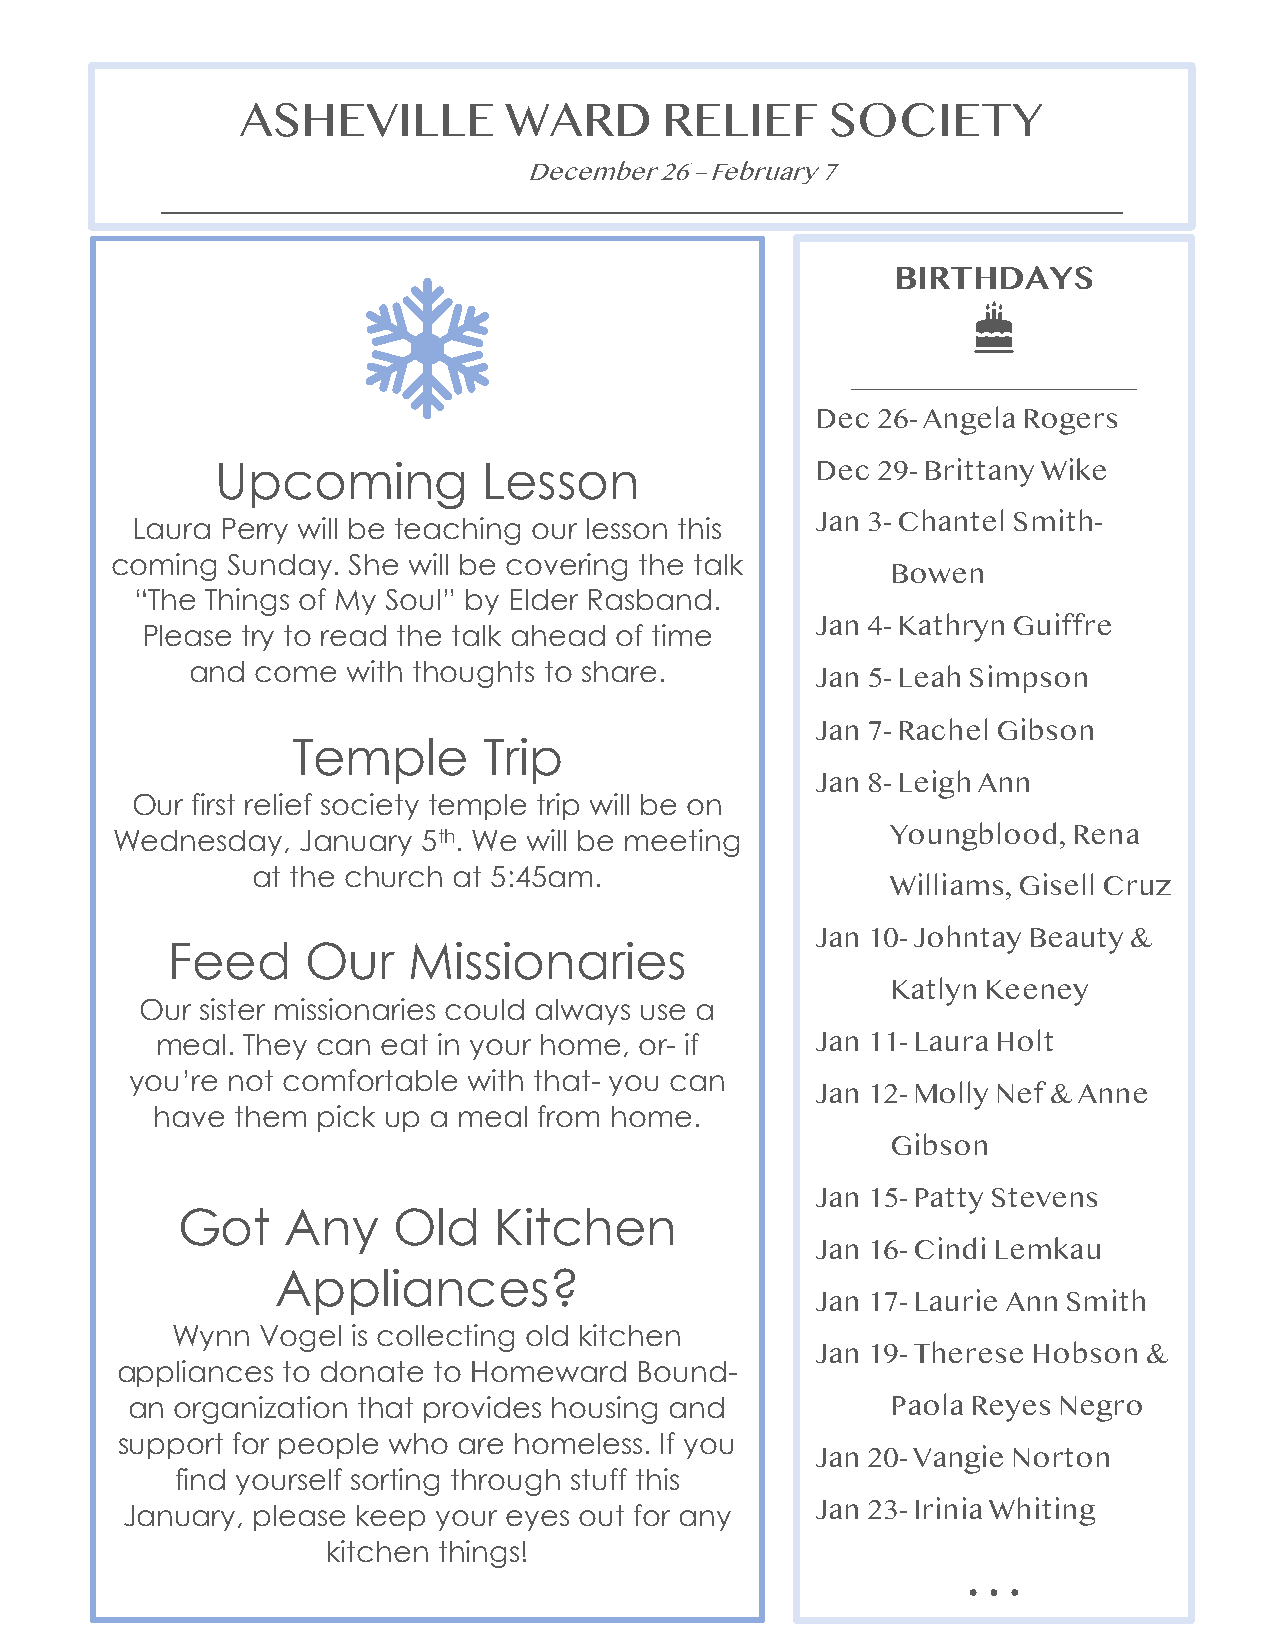
ASHEVILLE        WARD       RELIEF     SOCIETY
 December 26 – February 7
 _____________________________________
 BIRTHDAYS
 ______________________
 Dec 26- Angela Rogers
 Upcoming          Lesson                Dec 29- Brittany Wike
 Jan 3- Chantel Smith-
 Laura Perry will be teaching our lesson this
 coming  Sunday. She will be covering the talk
 Bowen
 “The Things of My Soul” by Elder Rasband.
 Jan 4- Kathryn Guiffre
 Please try to read the talk ahead of time
 and  come  with thoughts to share.        Jan 5- Leah Simpson
 Jan 7- Rachel Gibson
 Temple       Trip
 Jan 8- Leigh Ann
 Our first relief society temple trip will be on
 Youngblood, Rena
 Wednesday,   January 5th. We will be meeting
 at the church at 5:45am.
 Williams, Gisell Cruz
 Jan 10- Johntay Beauty &
 Feed     Our    Missionaries
 Katlyn Keeney
 O ur sister missionaries could always use a
 meal. They can eat in your home, or- if     Jan 11- Laura Holt
 you’re not comfortable with that- you can
 Jan 12- Molly Nef & Anne
 have  them pick up a meal from home.
 Gibson
 Jan 15- Patty Stevens
 Got    Any    Old    Kitchen
 Jan 16- Cindi Lemkau
 Appliances?
 Jan 17- Laurie Ann Smith
 Wynn  Vogel is collecting old kitchen
 Jan 19- Therese Hobson &
 ap pliances to donate to Homeward Bound-
 an  organization that provides housing and         Paola Reyes Negro
 sup port for people who are homeless. If you
 Jan 20- Vangie Norton
 find yourself sorting through stuff this
 January, please keep your eyes out for any    Jan 23- Irinia Whiting
 kitchen things!
 …